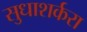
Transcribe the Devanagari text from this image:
सुधाशर्करा